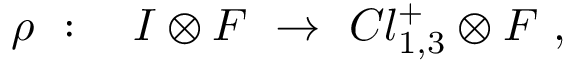
\rho ~ : ~ ~ ~ { \cal I } \otimes { \cal F } ~ \rightarrow ~ C l _ { 1 , 3 } ^ { + } \otimes { \cal F } ~ ,